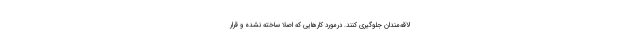
لاقه‌مندان جلوگیری کنند. درمورد کارهایی که اصلا ساخته نشده و قرار